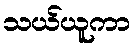
သယ်ယူကာ